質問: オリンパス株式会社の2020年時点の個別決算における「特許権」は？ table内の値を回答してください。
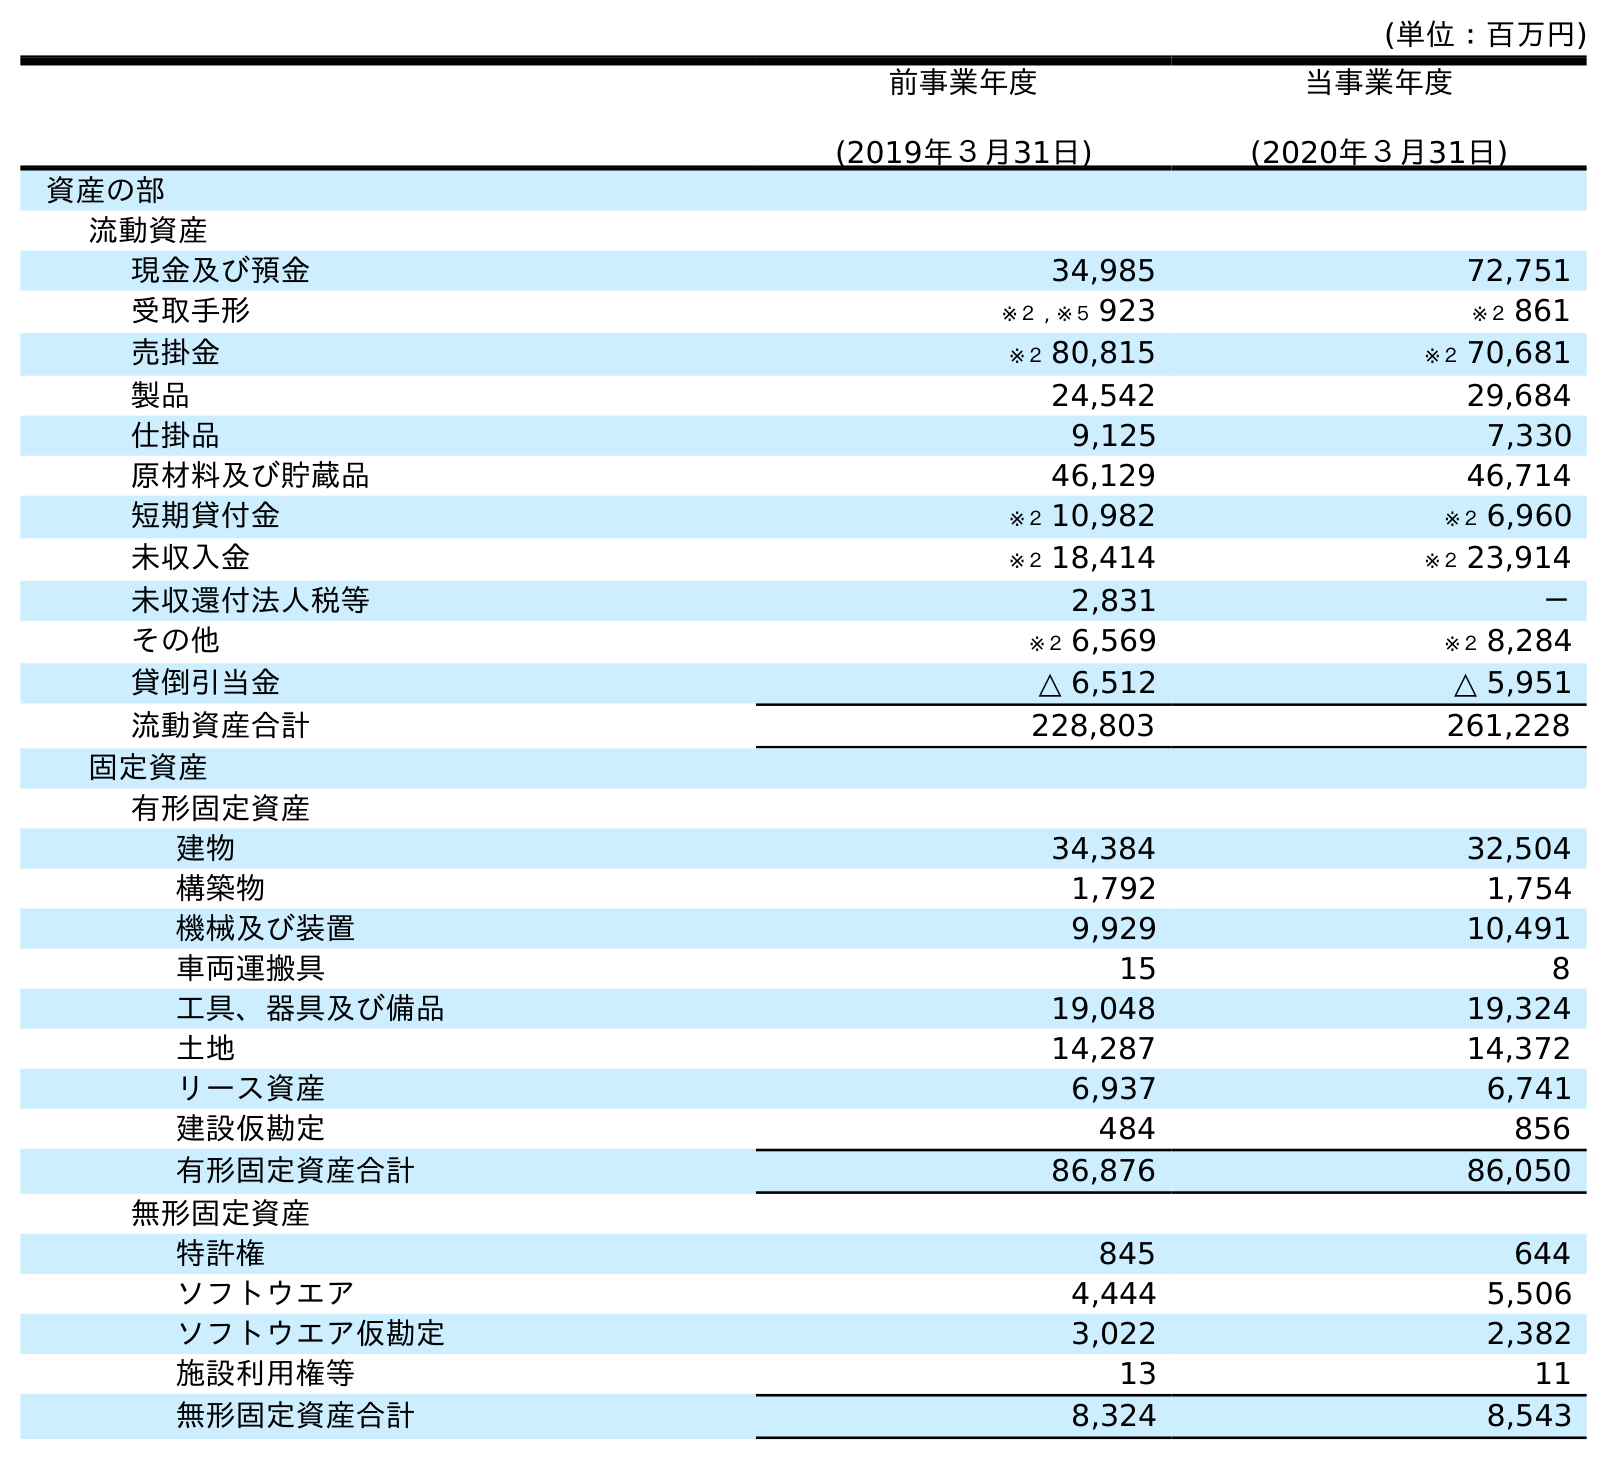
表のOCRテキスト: (単位：百万円) 前事業年度 (2019年３月31日) 当事業年度 (2020年３月31日) 資産の部 流動資産 現金及び預金 34,985 72,751 受取手形 ※２ , ※５ 923 ※２ 861 売掛金 ※２ 80,815 ※２ 70,681 製品 24,542 29,684 仕掛品 9,125 7,330 原材料及び貯蔵品 46,129 46,714 短期貸付金 ※２ 10,982 ※２ 6,960 未収入金 ※２ 18,414 ※２ 23,914 未収還付法人税等 2,831 － その他 ※２ 6,569 ※２ 8,284 貸倒引当金 △ 6,512 △ 5,951 流動資産合計 228,803 261,228 固定資産 有形固定資産 建物 34,384 32,504 構築物 1,792 1,754 機械及び装置 9,929 10,491 車両運搬具 15 8 工具、器具及び備品 19,048 19,324 土地 14,287 14,372 リース資産 6,937 6,741 建設仮勘定 484 856 有形固定資産合計 86,876 86,050 無形固定資産 特許権 845 644 ソフトウエア 4,444 5,506 ソフトウエア仮勘定 3,022 2,382 施設利用権等 13 11 無形固定資産合計 8,324 8,543
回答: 644